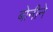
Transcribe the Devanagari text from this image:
बोनीने